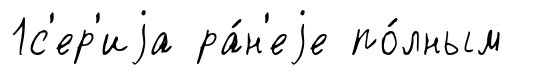
1с'ер'иjа ра́н'еjе по́лным